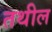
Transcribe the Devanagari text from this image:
तथील